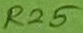
Text: R25